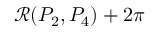
\mathcal { R } ( P _ { 2 } , P _ { 4 } ) + 2 \pi